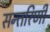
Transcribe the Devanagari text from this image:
सन्तरिणी